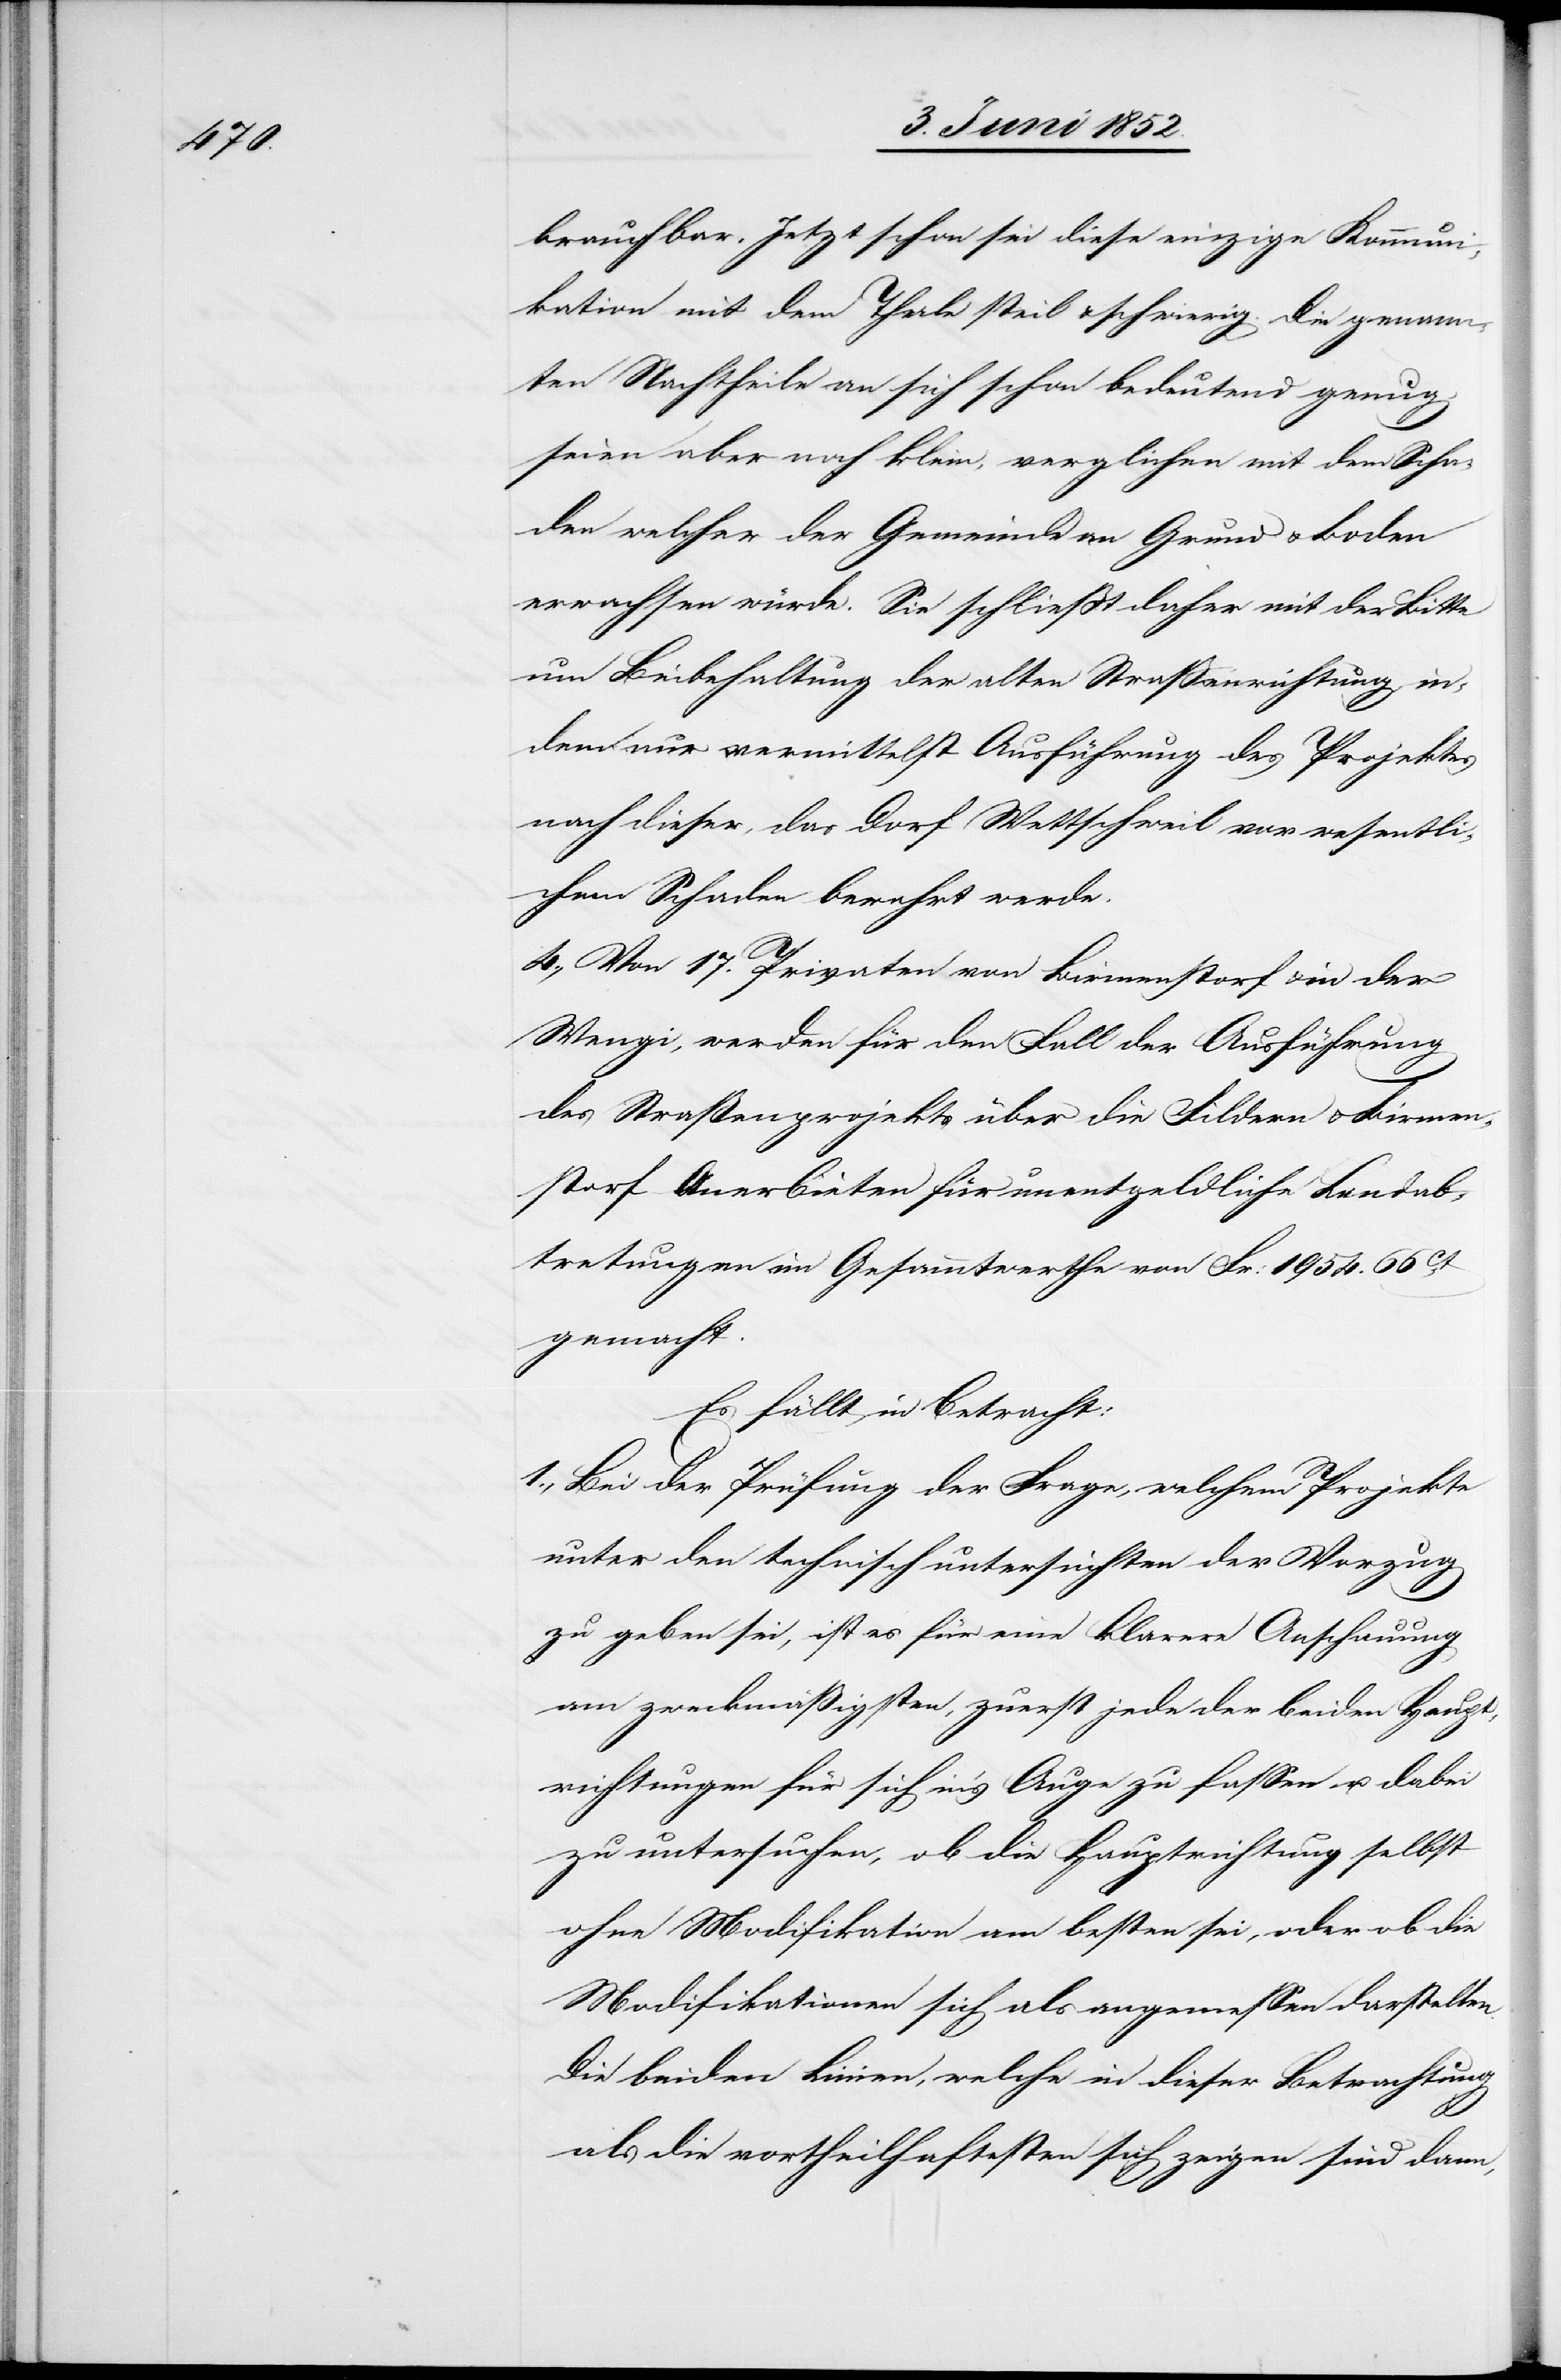
brauchbar. Jetzt schon sei diese einzige Kommuni¬
kation mit dem Thale steil & schwierig. Die genann¬
ten Nachtheile an sich schon bedeutend genug,
seien aber noch klein, verglichen mit dem Scha¬
den welcher der Gemeinde an Grund & Boden
erwachsen würde. Sie schliesst daher mit der Bitte
um Beibehaltung der alten Strassenrichtung, in¬
dem nur vermittelst Ausführung des Projektes
nach dieser, das Dorf Wettschweil vor wesentli¬
chem Schaden bewahrt werde.
4., Von 17. Privaten von Birmenstorf & in der
Wengi, werden für den Fall der Ausführung
des Straßenprojekts über die Fildern & Birmen¬
storf Anerbieten für unentgeldliche Landab¬
tretungen im Gesammtwerthe von Fr: 1954. 66ct.
gemacht.
Es fällt in Betracht:
Bei der Prüfung der Frage, welchem Projekte
unter den technisch untersuchten der Vorzug
zu geben sei, ist es für eine klarere Anschauung
am zweckmäßigsten, zuerst jede der beiden Haupt¬
richtungen für sich in’s Auge zu fassen u. dabei
zu untersuchen, ob die Hauptrichtung selbst
ohne Modifikation am besten sei, oder ob die
Modifikationen sich als angemessen darstellen.
Die beiden Linien, welche in dieser Betrachtung
als die vortheilhaftesten sich zeigen sind dann,